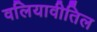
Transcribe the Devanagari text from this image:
वलियावीतिल